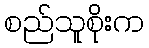
စည်သူစိုးက